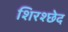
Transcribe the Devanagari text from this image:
शिरश्छेद